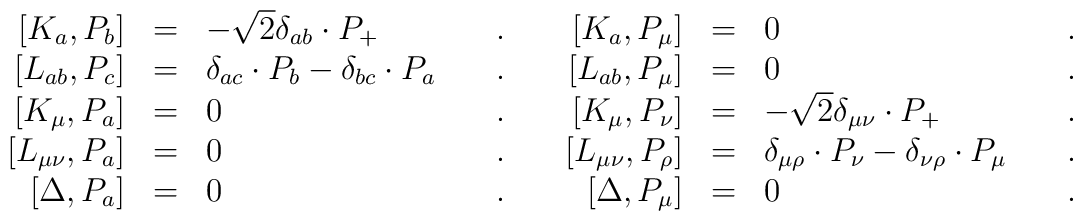
\begin{array}{rclcrclc}\left[ K_a,P_b\right] & = & -\sqrt{2}\delta _{ab}\cdot P_{+} & \quad .\quad& \left[ K_a,P_\mu \right] & = & 0 & \quad . \\ \left[ L_{ab},P_c\right] & = & \delta _{ac}\cdot P_b-\delta _{bc}\cdot P_a & \quad .\quad & \left[ L_{ab},P_\mu \right] & = & 0 & \quad . \\ \left[ K_\mu ,P_a\right] & = & 0 & \quad .\quad & \left[ K_\mu ,P_\nu\right] & = & -\sqrt{2}\delta _{\mu \nu }\cdot P_{+} & \quad . \\ \left[ L_{\mu \nu },P_a\right] & = & 0 & \quad .\quad & \left[ L_{\mu \nu},P_\rho \right] & = & \delta _{\mu \rho }\cdot P_\nu -\delta _{\nu \rho}\cdot P_\mu & \quad . \\ \left[ \Delta ,P_a\right] & = & 0 & \quad .\quad & \left[ \Delta ,P_\mu\right] & = & 0 & \quad . \end{array}